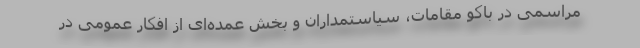
مراسمی در باکو مقامات، سیاستمداران و بخش عمده‌ای از افکار عمومی در